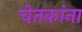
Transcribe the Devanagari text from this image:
चेतकांना